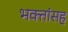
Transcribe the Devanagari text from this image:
भक्तांसह